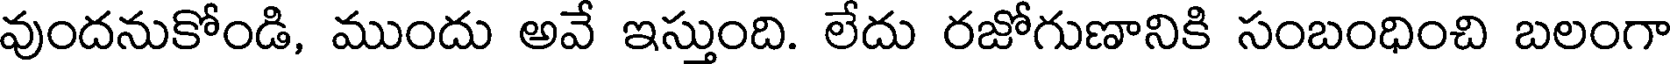
వుందనుకోండి, ముందు అవే ఇస్తుంది. లేదు రజోగుణానికి సంబంధించి బలంగా